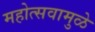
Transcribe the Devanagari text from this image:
महोत्सवामुळे